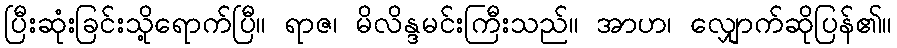
ပြီးဆုံးခြင်းသို့ရောက်ပြီ။ ရာဇ၊ မိလိန္ဒမင်းကြီးသည်။ အာဟ၊ လျှောက်ဆိုပြန်၏။